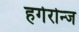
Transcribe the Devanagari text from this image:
हर्गरोन्ज